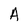
Character: A